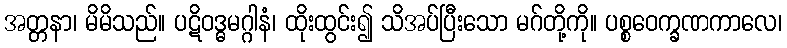
အတ္တနာ၊ မိမိသည်။ ပဋိဝဒ္ဓမဂ္ဂါနံ၊ ထိုးထွင်း၍ သိအပ်ပြီးသော မဂ်တို့ကို။ ပစ္စဝေက္ခဏကာလေ၊